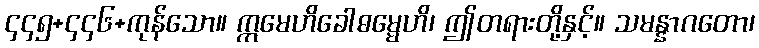
၄၄၅+၄၄၆+ကုန်သော။ ဣမေဟိခေါဓမ္မေဟိ၊ ဤတရားတို့နှင့်။ သမန္နာဂတော၊